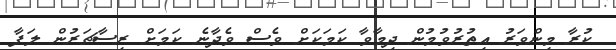
ކުރާ މިންވަރު އިތުރުވުމުން ދިމާވާ ކަމަކަށް ވެސް ވެދާނެ ކަމަށް ރިސާޗަރުން ލަފާ